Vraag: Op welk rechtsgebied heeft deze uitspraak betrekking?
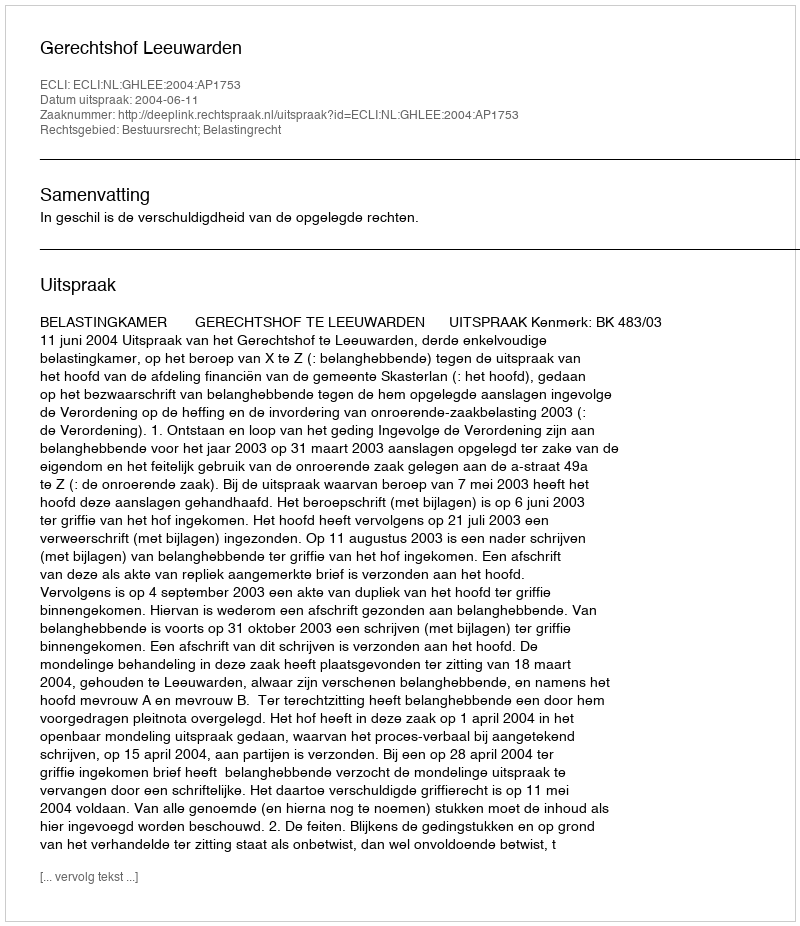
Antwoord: Bestuursrecht; Belastingrecht